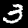
Label: 3